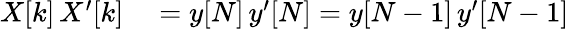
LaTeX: \begin{array}{rl}{X[k]\, X^{\prime}[k]}&{{}=y[N]\, y^{\prime}[N]=y[N-1]\, y^{\prime}[N-1]}\end{array}